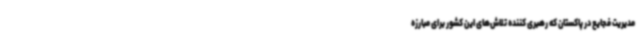
مدیریت فجایع در پاکستان که رهبری کننده تلاش‌های این کشور برای مبارزه